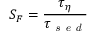
S _ { F } = \frac { \tau _ { \eta } } { \tau _ { \textit { s e d } } }